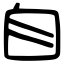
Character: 自